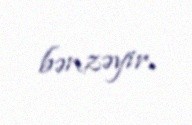
bənzəyir.